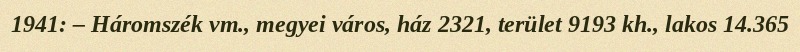
1941: – Háromszék vm., megyei város, ház 2321, terület 9193 kh., lakos 14.365